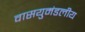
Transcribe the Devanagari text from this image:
वासयुमंडलीय